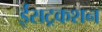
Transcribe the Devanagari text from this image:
ईंसट्रकशन